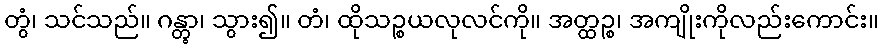
တွံ၊ သင်သည်။ ဂန္တွာ၊ သွား၍။ တံ၊ ထိုသဉ္စယလုလင်ကို။ အတ္ထဉ္စ၊ အကျိုးကိုလည်းကောင်း။